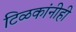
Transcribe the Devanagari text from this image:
टिळकांनीही